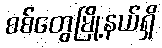
စစ်တွေမြို့နယ်ရှိ